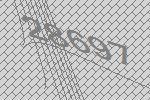
28697